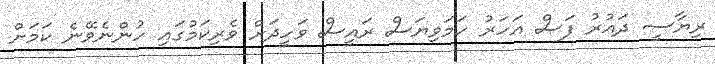
ރިޔާސީ ދައުރު ފަސް އަހަރު ހަމަވިޔަސް ރައީސް ވަހީދަށް ވެރިކަމުގައި ހުންނެވޭނެ ކަމަށް